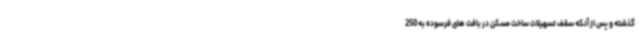
گذشته و پس از آنکه سقف تسهیلات ساخت مسکن در بافت های فرسوده به 250